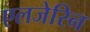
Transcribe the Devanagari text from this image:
एलजेरिन